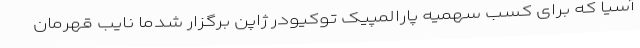
آسیا که برای کسب سهمیه پارالمپیک توکیودر ژاپن برگزار شدما نایب قهرمان